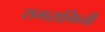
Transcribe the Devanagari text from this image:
रागरागिनी